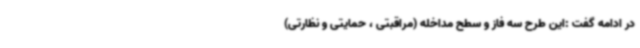
در ادامه گفت :این طرح سه فاز و سطح مداخله (مراقبتی ، حمایتی و نظارتی)